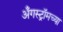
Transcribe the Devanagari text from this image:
अँगस्ट्रॉमच्या